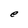
Character: e